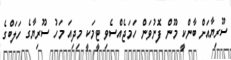
ސޫރިޔާއަށް ބާންކީ މޫން ފޮނުވަން ހަމަޖެއްސެވި ޓީމަކީ މިދިއަ މަހު ސޫރިޔާގެ ހަލަބްގެ